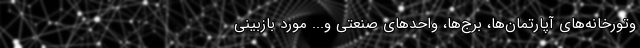
وتورخانه‌های آپارتمان‌ها، برج‌ها، واحدهای صنعتی و... مورد بازبینی